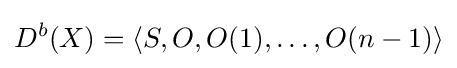
D^{b}(X)=\langle S,O,O(1),\ldots ,O(n-1)\rangle